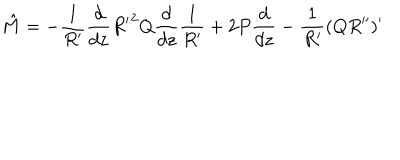
{ \hat { M } } = - \frac { 1 } { R ^ { \prime } } \frac { d } { d z } { R ^ { \prime } } ^ { 2 } Q \frac { d } { d z } \frac { 1 } { R ^ { \prime } } + 2 P \frac { d } { d z } - \frac { 1 } { R ^ { \prime } } ( Q R ^ { \prime \prime } ) ^ { \prime }